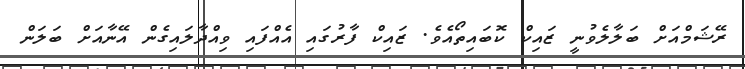
ރޭޝަމްއަށް ބަލާލެވުނީ ޒައިކް ކޮބައިތޯއެވެ. ޒައިކް ފާރުގައި އެއްފައި ވިއްދާލައިގެން އޭނާއަށް ބަލަން